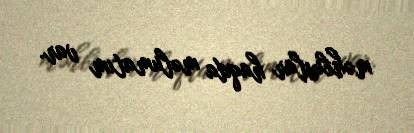
məhbuslar haqda məlumatım var.